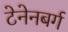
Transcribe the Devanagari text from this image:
टेनेनबर्ग